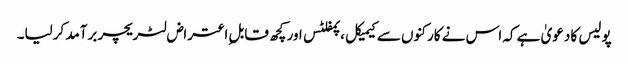
پولیس کا دعویٰ ہے کہ اس نے کارکنوں سے کیمیکل ،پمفلٹس اور کچھ قابل ِاعتراض لٹریچر برآمد کرلیا۔